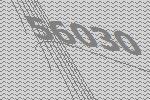
56030